Report on the bubonic plague in Bombay, 1896-1897
Year: 1896
Disease focus: Plague
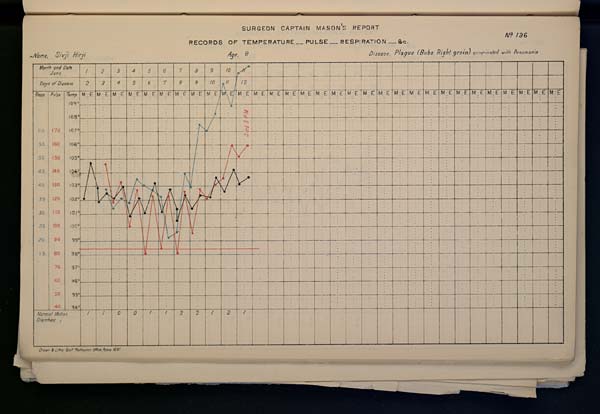
SURGEON
CAPTAIN
MASON'S
REPORT
No. 136
RECORDS OF TEMPERATURE __ PULSE __ RESPIRATION __ &c.
Name,
Sivji
Hirji
Age,
8
Disease,
Plague
(Bubo
Right
groin
)
complicated
with
Pneumonia
Drawn & Litho Govt Photozinco, Office, Poona 1897.